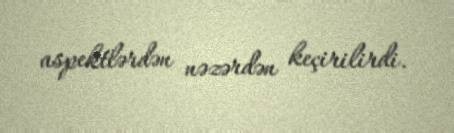
aspektlərdən nəzərdən keçirilirdi.